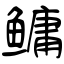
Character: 鳙